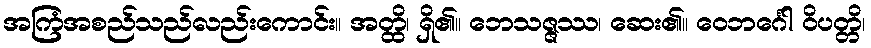
အကြံအစည်သည်လည်းကောင်း။ အတ္ထိ၊ ရှိ၏။ ဘေသဇ္ဇဿ၊ ဆေး၏။ ဝေဘင်္ဂေါ ဝိပတ္တိ၊